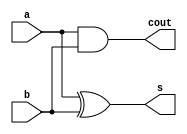
`timescale 1ns / 1ps

module Half_adder(a,b,s,cout);
input a,b;
output s,cout;
xor(s,a,b);
and(cout,a,b);
endmodule

module full_adder(a,b,ci,s,cout);
input a,b,ci;
output s,cout;
wire w1, w2, w3;

Half_adder HA1(ci,w1,s,w3);
Half_adder HA2(a,b,w1,w2);
or or1(cout,w2,w3);
endmodule